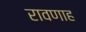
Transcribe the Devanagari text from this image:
रावणाह